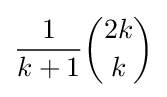
{\frac {1}{k+1}}{\binom {2k}{k}}